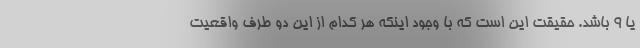
یا ۹ باشد. حقیقت این است که با وجود اینکه هر کدام از این دو طرف واقعیت